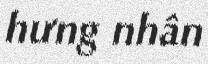
hưng nhân